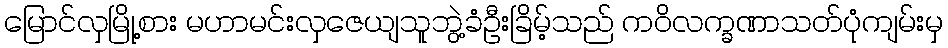
မြောင်လှမြို့စား မဟာမင်းလှဇေယျသူဘွဲ့ခံဦးခြိမ့်သည် ကဝိလက္ခဏာသတ်ပုံကျမ်းမှ